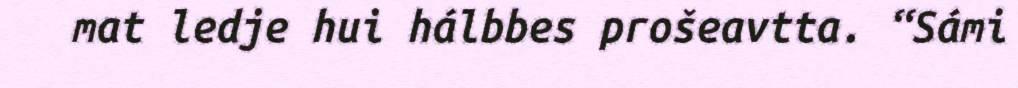
mat ledje hui hálbbes prošeavtta. “Sámi